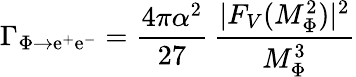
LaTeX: \Gamma_{\Phi\rightarrow\mathrm{e}^{+}\mathrm{e}^{-}}=\frac{{4\pi\alpha^{2}}}{{27}}\, \frac{{|F_{V}(M_{\Phi}^{2})|^{2}}}{{M_{\Phi}^{3}}}